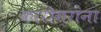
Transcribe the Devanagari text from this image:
कारीगरांना